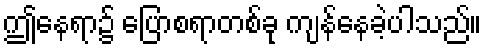
ဤနေရာ၌ ပြောစရာတစ်ခု ကျန်နေခဲ့ပါသည်။